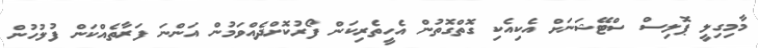
މާމިގިލީ ޕޮލިސް ސްޓޭޝަނަށް އެކިއެކި ގޮތްގޮތުން އެހީތެރިކަން ފޯރުކޮށްދެއްވަމުން އަންނަ ފަރާތެއްކަން ފުލުހުން